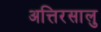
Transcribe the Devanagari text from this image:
अत्तिरसालु